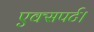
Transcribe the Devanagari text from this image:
एक्सपर्ट।